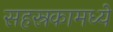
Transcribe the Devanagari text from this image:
सहस्रकामध्ये